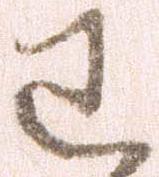
わ